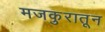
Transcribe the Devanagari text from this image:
मजकुरातून